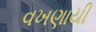
વખણાયી